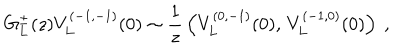
G _ { L } ^ { \pm } ( z ) V _ { L } ^ { ( - 1 , - 1 ) } ( 0 ) \sim { \frac { 1 } { z } } \left( V _ { L } ^ { ( 0 , - 1 ) } ( 0 ) , \, V _ { L } ^ { ( - 1 , 0 ) } ( 0 ) \right) \ ,